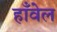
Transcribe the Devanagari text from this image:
हाँवेल